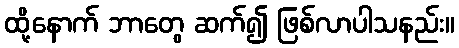
ထို့နောက် ဘာတွေ ဆက်၍ ဖြစ်လာပါသနည်း။